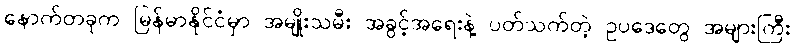
နောက်တခုက မြန်မာနိုင်ငံမှာ အမျိုးသမီး အခွင့်အရေးနဲ့ ပတ်သက်တဲ့ ဥပဒေတွေ အများကြီး